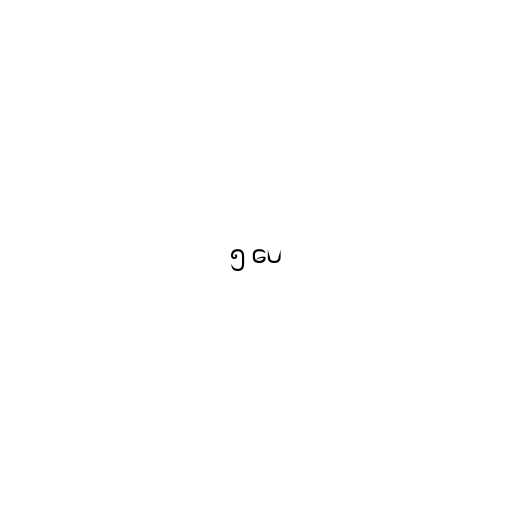
၅ ပေ